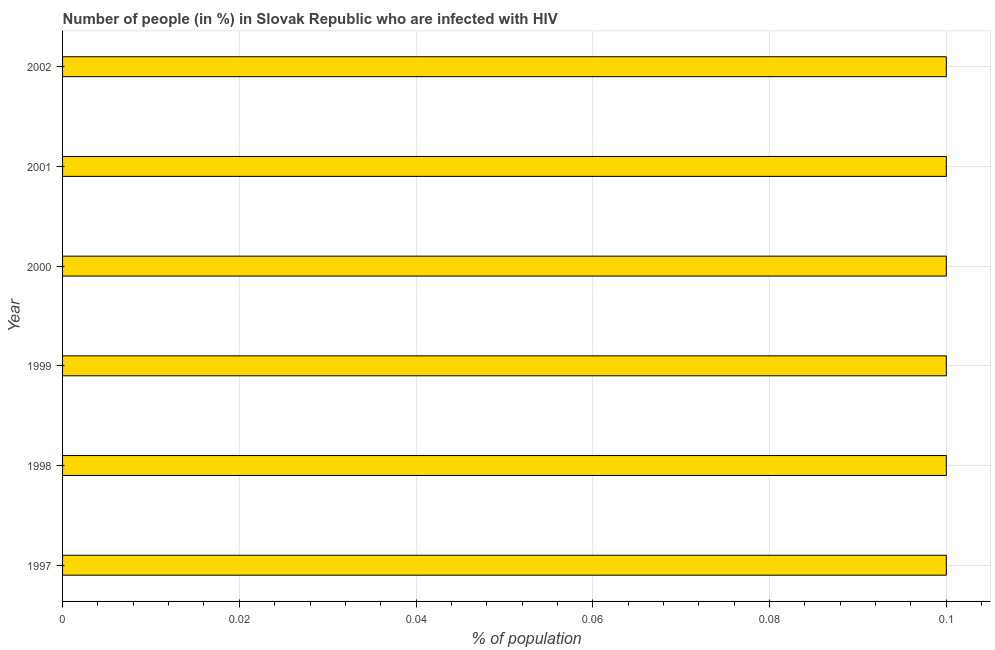
| Year | Infected with HIV |
 | --- | --- |
 | 1997 | 0.1 |
 | 1998 | 0.1 |
 | 1999 | 0.1 |
 | 2000 | 0.1 |
 | 2001 | 0.1 |
 | 2002 | 0.1 |